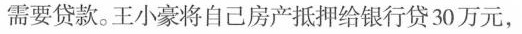
需要贷款。王小豪将自己房产抵押给银行贷30万元，